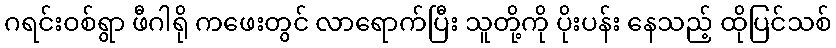
ဂရင်းဝစ်ရွာ ဖီဂါရို ကဖေးတွင် လာရောက်ပြီး သူတို့ကို ပိုးပန်း နေသည့် ထိုပြင်သစ်